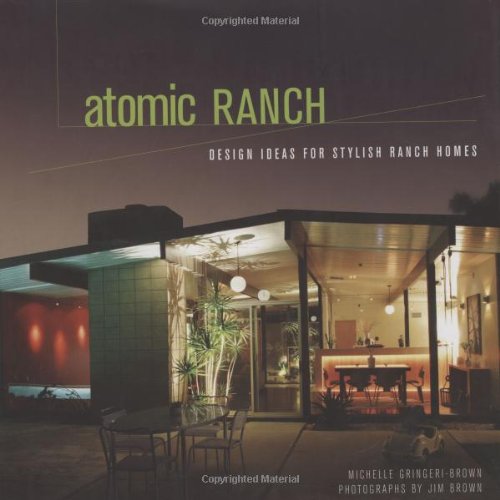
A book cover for Atomic Ranch: Design Ideas for Stylish Ranch Homes; Michelle Gringeri-Brown; Crafts, Hobbies & Home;